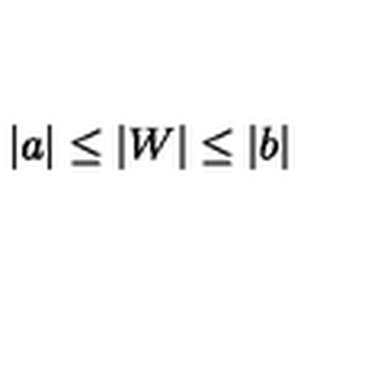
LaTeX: \vert a \vert \le \vert W \vert \le \vert b \vert